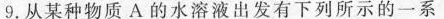
9.从某种物质A的水溶液出发有下列所示的一系